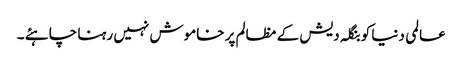
عالمی دنیا کو بنگلہ دیش کے مظالم پر خاموش نہیں رہنا چاہئے ۔